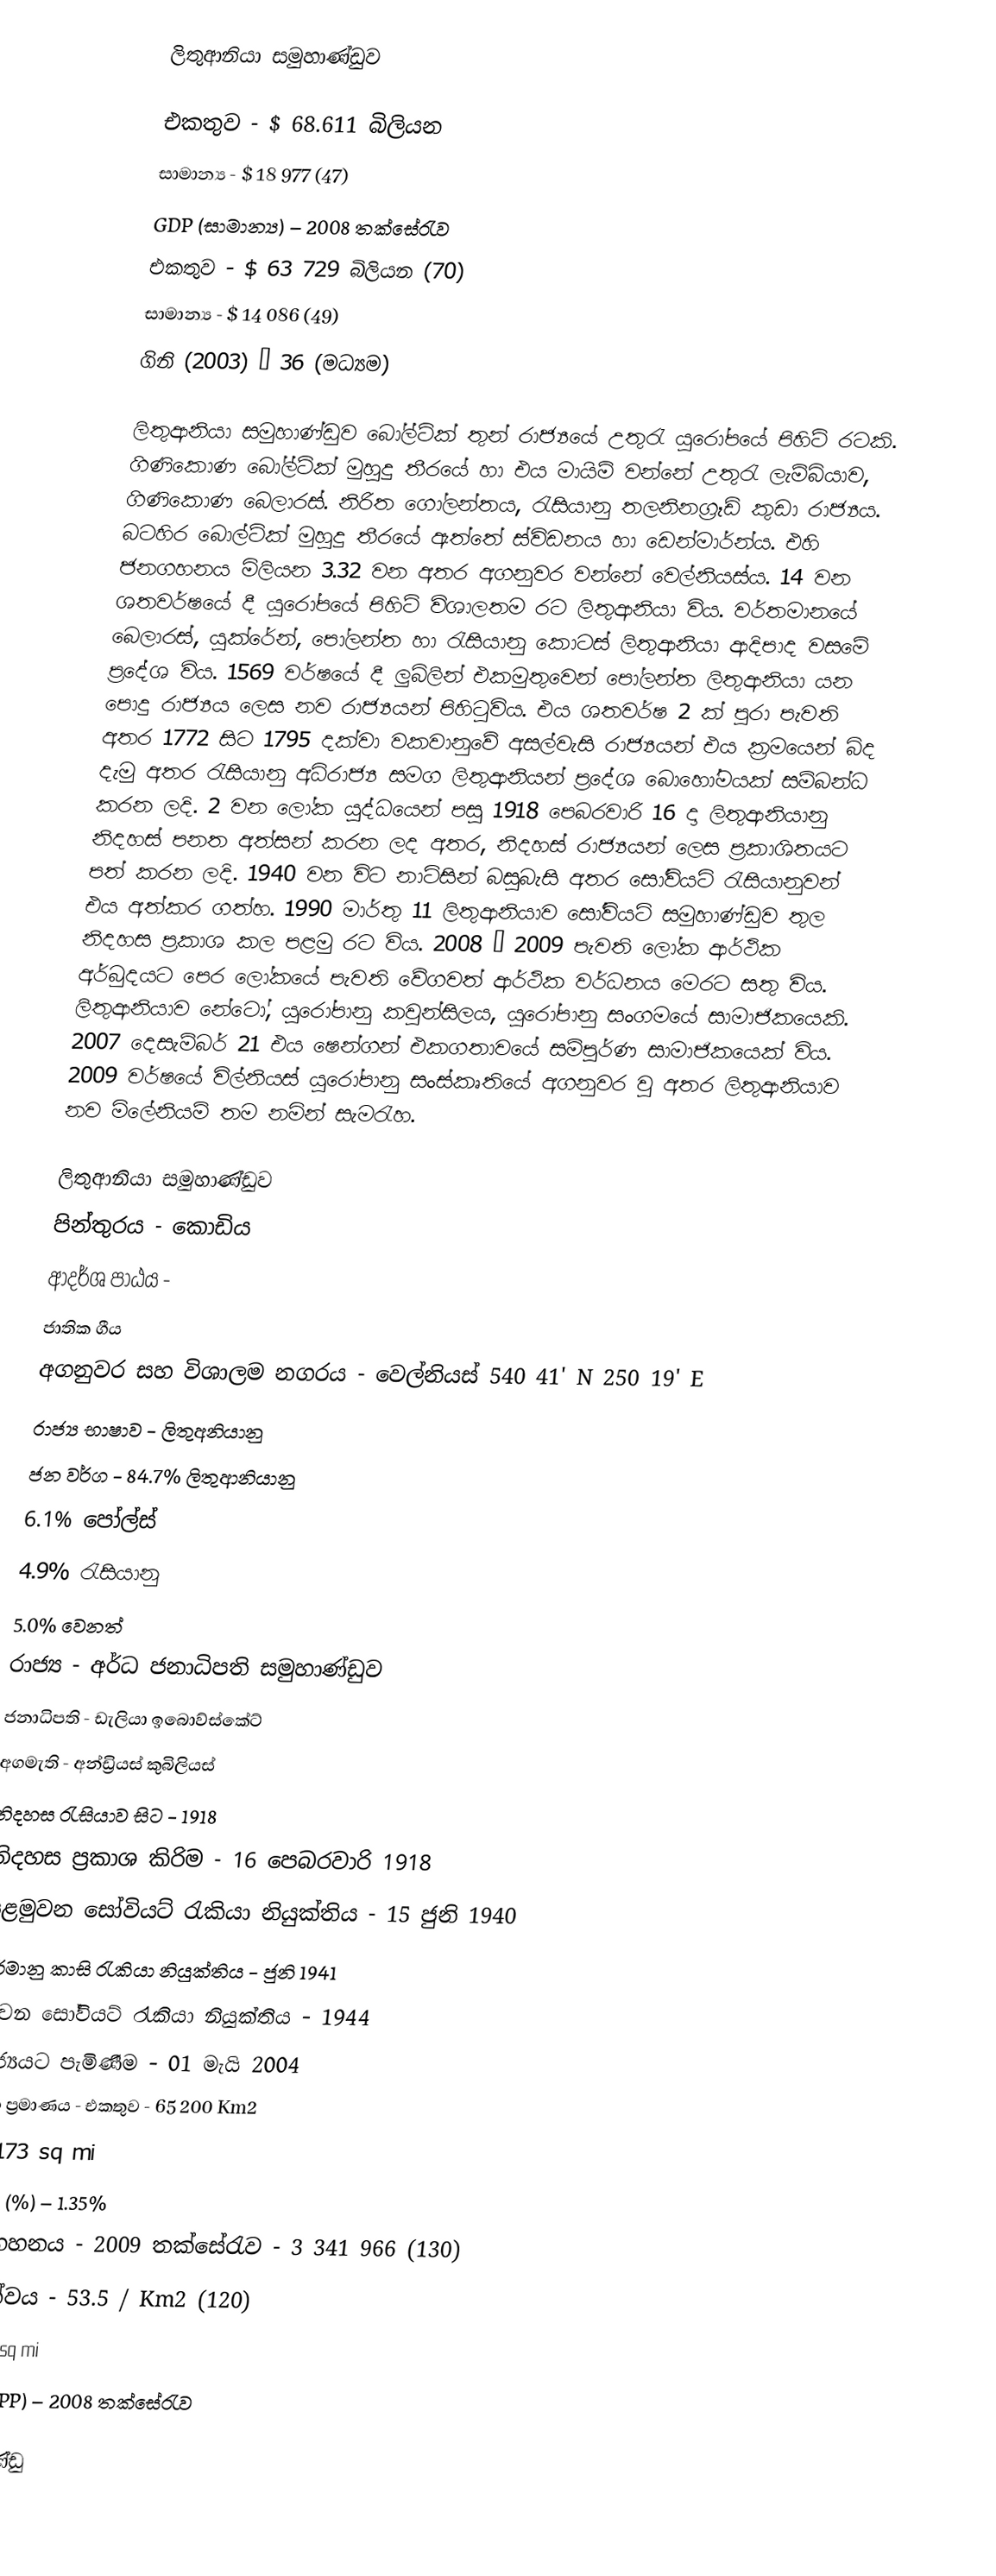
ලිතුආනියා සමුහාණ්ඩුව

එකතුව - $ 68.611 බිලියන
සාමාන්‍ය - $ 18 977 (47)
GDP (සාමාන්‍ය) – 2008 තක්සේරැව
එකතුව - $ 63 729 බිලියන (70)
සාමාන්‍ය - $ 14 086 (49)
ගිනි (2003) – 36 (මධ්‍යම)

ලිතුආනියා සමුහාණ්ඩුව බෝල්ටික් තුන් රාජ්‍යයේ උතුරැ යුරෝපයේ පිහිටි රටකි. ගිණිකොණ බෝල්ටික් මුහුදු තීරයේ හා එය මායිම් වන්නේ උතුරැ ලැම්බියාව, ගිණිකොණ බෙලාරස්. නිරිත ගෝලන්තය, රැසියානු තලනිනග්‍රෑඩ් කුඩා රාජ්‍යය. බටහිර බොල්ටික් මුහුදු තීරයේ ඇත්තේ ස්විඩනය හා ඩෙන්මාර්න්ය. එහි ජනගහනය මිලියන 3.32 වන අතර අගනුවර වන්නේ වෙල්නියස්ය. 14 වන ශතවර්ෂයේ දී යුරෝපයේ පිහිටි විශාලතම රට ලිතුආනියා විය. වර්තමානයේ බෙලාරස්, යුක්රේන්, පෝලන්ත හා රැසියානු කොටස් ලිතුආනියා ආදිපාද වසමේ ප්‍රදේශ විය. 1569 වර්ෂයේ දී ලුබ්ලින් එකමුතුවෙන් පෝලන්ත ලිතුආනියා යන පොදු රාජ්‍යය ලෙස නව රාජ්‍යයන් පිහිටුවිය. එය ශතවර්ෂ 2 ක් පුරා පැවති අතර 1772 සිට 1795 දක්වා වකවානුවේ අසල්වැසි රාජ්‍යයන් එය ක්‍රමයෙන් බිද දැමු අතර රැසියානු අධිරාජ්‍ය සමග ලිතුආනියන් ප්‍රදේශ බොහෝමයක් සම්බන්ධ කරන ලදි. 2 වන ලෝක යුද්ධයෙන් පසු 1918 පෙබරවාරි 16 දා ලිතුආනියානු නිදහස් පනත අත්සන් කරන ලද අතර, නිදහස් රාජ්‍යයන් ලෙස ප්‍රකාශිතයට පත් කරන ලදි. 1940 වන විට නාට්සින් බසුබැසි අතර සෝවියට් රැසියානුවන් එය අත්කර ගත්හ. 1990 මාර්තු 11 ලිතුආනියාව සෝවියට් සමුහාණ්ඩුව තුල නිදහස ප්‍රකාශ කල පළමු රට විය. 2008 – 2009 පැවති ලෝක ආර්ථික අර්බුදයට  පෙර ලෝකයේ පැවති වේගවත් ආර්ථික වර්ධනය මෙරට සතු විය. ලිතුආනියාව නේටෝ, යුරෝපානු කවුන්සිලය, යු‍රෝපානු සංගමයේ සාමාජිකයෙකි. 2007 දෙසැම්බර් 21 එය ෂෙන්ගන් එකගතාවයේ සම්පුර්ණ සාමාජිකයෙක් විය. 2009 වර්ෂයේ විල්නියස් යුරෝපානු සංස්කෘතියේ අගනුවර වු අතර ලිතුආනියාව නව මිලේනියම් තම නමින් සැමරැහ.

ලිතුආනියා සමුහාණ්ඩුව
පින්තුරය - කොඩිය
ආදර්ශ පාඨය -
ජාතික ගීය
අගනුවර සහ විශාලම නගරය - වෙල්නියස් 540 41' N 250 19' E
රාජ්‍ය භාෂාව - ලිතුඅනියානු
ජන වර්ග -	84.7% ලිතුආනියානු
		6.1% පෝල්ස්
		4.9% රැසියානු
		5.0% වෙනත්
රාජ්‍ය - අර්ධ ජනාධිපති සමුහාණ්ඩුව
ජනාධිපති - ඩැලියා ඉබොව්ස්කේට්
අගමැති - අන්ඩ්‍රියස් කුබිලියස්
නිදහස රැසියාව සිට - 1918
නිදහස ප්‍රකාශ කිරිම - 16 පෙබරවාරි 1918
පළමුවන සෝවියට් රැකියා නියුක්තිය - 15 ජුනි 1940
ජර්මානු කාසි රැකියා නියුක්තිය - ජුනි 1941
දෙවන සෝවියට් රැකියා නියුක්තිය - 1944
රාජ්‍යයට පැමිණීම - 01 මැයි 2004
වර්ග ප්‍රමාණය -	එකතුව	-	65 200 Km2
			25 173 sq mi
ජලය (%) – 1.35%
ජනගහනය - 2009 තක්සේරැව - 3 341 966 (130)
ඝනත්වය	-	53.5 / Km2 (120)
			141.2 / sq mi
GDP (PPP) – 2008 තක්සේරැව

සමුහාණ්ඩු